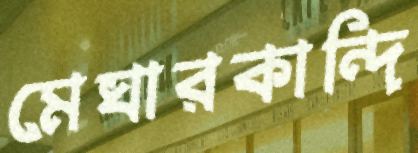
মেঘারকান্দি